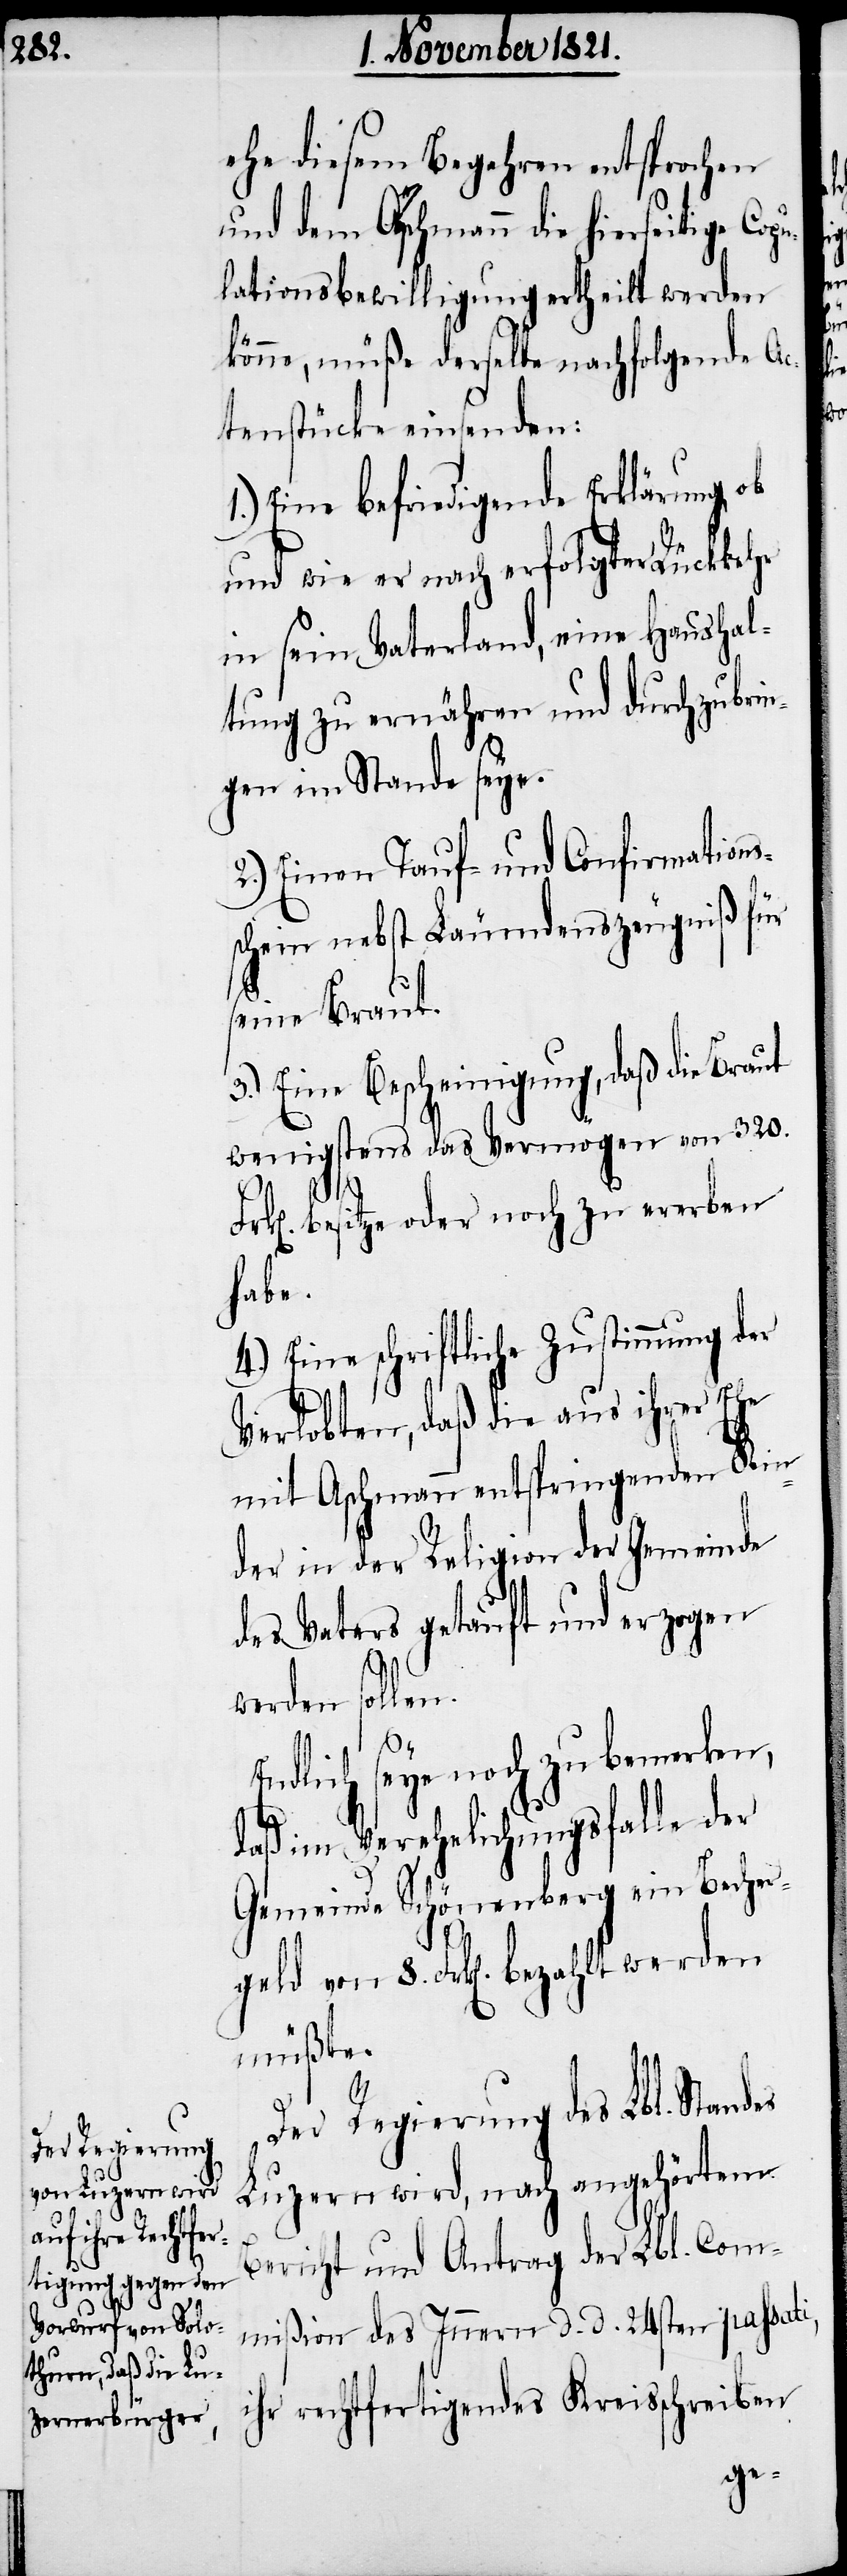
ehe diesem Begehren entsprochen
und dem Aeschmann die hierseitige Cop¬
ulationsbewilligung ertheilt werden
könne, müße derselbe nachfolgende Ac¬
tenstücke einsenden:
1.) Eine befriedigende Erklärung ob
und wie er nach erforderlicher
in sein Vaterland, eine Haushal¬
tung zu ernähren und durchzubrin¬
gen im Stande seye.
2.) Einen Tauf- und Confirmations¬
schein nebst Läumdenszeugniß für
8.
seine Braut.
3.) Eine Bescheinigung, daß die Braut
wenigstens das Vermögen von 320.
Frk[en]. besitze oder noch zu ererben
habe.
4.) Eine schriftliche Zustimmung der
Verlobten, daß die aus ihrer Ehe
der in der Religion der Gemeinde
des Vaters getauft und erzogen
werden sollen.
Endlich seye noch zu bemerken,
daß im Verehelichungsfalle der
Gemeinde Schönenberg ein Becher¬
müßte.
Der Regierung des Lbl. Standes
Luzern wird, nach angehörtem
Bericht und Antrag der Lbl. Com¬
mißion des Innern d. d. 24sten passati,
ihr rechtfertigendes Kreisschreiben